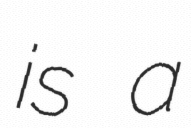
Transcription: is a